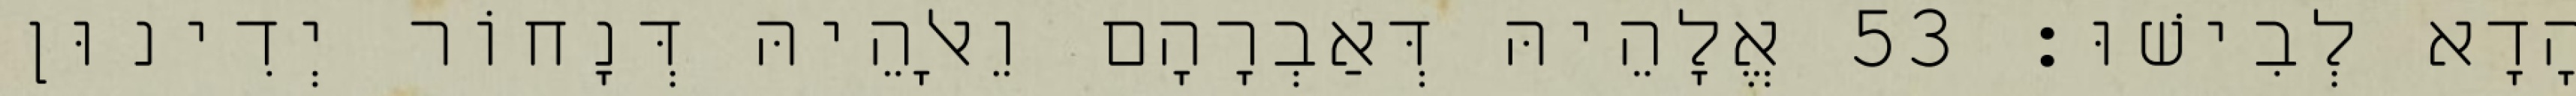
הָדָא לְבִישׁוּ׃ 53 אֱלָהֵיהּ דְּאַבְרָהָם וֵאלָהֵיהּ דְּנָחוֹר יְדִינוּן